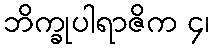
ဘိက္ခုပါရာဇိက ၄၊